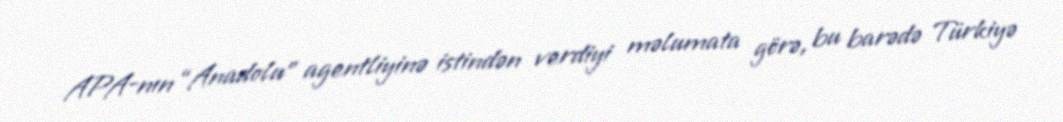
APA-nın “Anadolu” agentliyinə istindən verdiyi məlumata görə, bu barədə Türkiyə